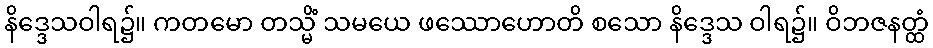
နိဒ္ဒေသဝါရ၌။ ကတမော တသ္မိံ သမယေ ဖဿောဟောတိ စသော နိဒ္ဒေသ ဝါရ၌။ ဝိဘဇနတ္ထံ